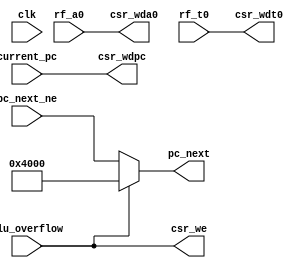
module Exception (
    input clk,
    input alu_overflow,
    input [31:0] pc_next_ne,
    input [31:0] current_pc,
    input [31:0] rf_a0,
    input [31:0] rf_t0,
    output [31:0] pc_next,
    output csr_we,
    output [31:0] csr_wdpc,
    output [31:0] csr_wda0,
    output [31:0] csr_wdt0
);
    assign csr_wdpc = current_pc;
    assign csr_wda0 = rf_a0;
    assign csr_wdt0 = rf_t0;
    assign csr_we = alu_overflow;
    assign pc_next = alu_overflow ? 32'h4000 : pc_next_ne;
endmodule